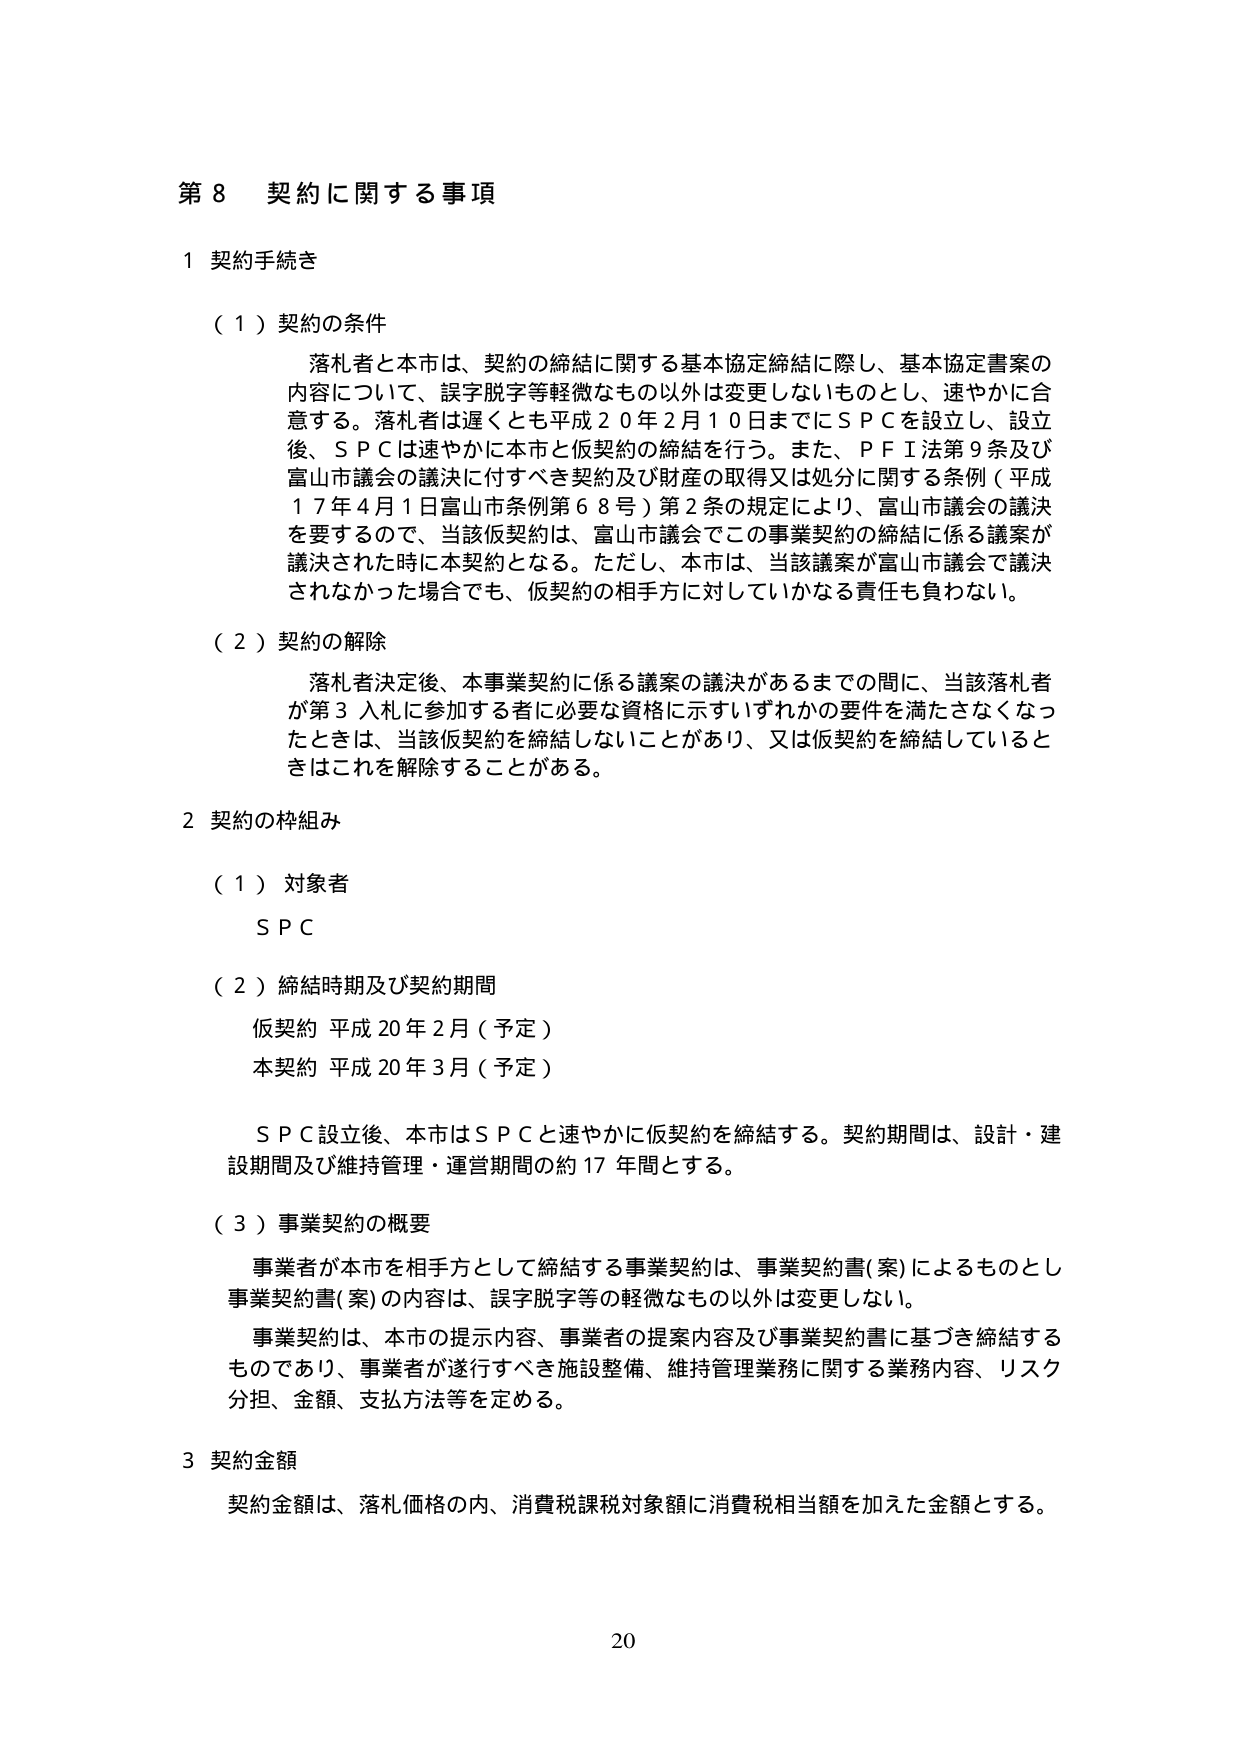
第８ 契約に関する事項

１ 契約手続き

（１）契約の条件
落札者と本市は、契約の締結に関する基本協定締結に際し、基本協定書案の内容について、誤字脱字等軽微なもの以外は変更しないものとし、速やかに合意する。落札者は遅くとも平成２０年２月１０日までにＳＰＣを設立し、設立後、ＳＰＣは速やかに本市と仮契約の締結を行う。また、ＰＦＩ法第９条及び富山市議会の議決に付すべき契約及び財産の取得又は処分に関する条例（平成１７年４月１日富山市条例第６８号）第２条の規定により、富山市議会の議決を要するので、当該仮契約は、富山市議会でこの事業契約の締結に係る議案が議決された時に本契約となる。ただし、本市は、当該議案が富山市議会で議決されなかった場合でも、仮契約の相手方に対していかなる責任も負わない。

（２）契約の解除
落札者決定後、本事業契約に係る議案の議決があるまでの間に、当該落札者が第３入札に参加する者に必要な資格に示すいずれかの要件を満たさなくなったときは、当該仮契約を締結しないことがあり、又は仮契約を締結しているときはこれを解除することがある。

２ 契約の枠組み

（１）対象者
ＳＰＣ

（２）締結時期及び契約期間
仮契約 平成20年2月（予定）
本契約 平成20年3月（予定）

ＳＰＣ設立後、本市はＳＰＣと速やかに仮契約を締結する。契約期間は、設計・建設期間及び維持管理・運営期間の約17年間とする。

（３）事業契約の概要
事業者が本市を相手方として締結する事業契約は、事業契約書(案)によるものとし、事業契約書(案)の内容は、誤字脱字等の軽微なもの以外は変更しない。
事業契約は、本市の提示内容、事業者の提案内容及び事業契約書に基づき締結するものであり、事業者が遂行すべき施設整備、維持管理業務に関する業務内容、リスク分担、金額、支払方法等を定める。

３ 契約金額
契約金額は、落札価格の内、消費税課税対象額に消費税相当額を加えた金額とする。

20